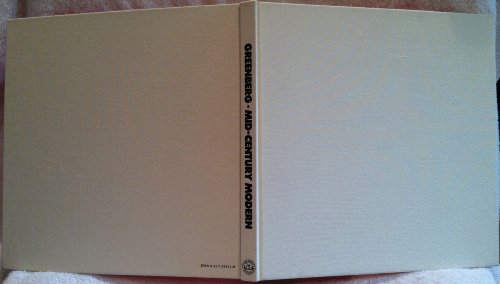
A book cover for Mid-Century Modern: Furniture of the 1950's; Cara Greenberg; Crafts, Hobbies & Home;